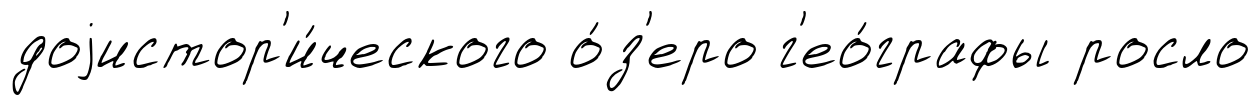
доjистор'и́ческого о́з'еро г'ео́графы росло